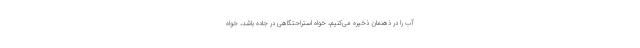
آب را در ذهنمان ذخیره می‌کنیم، خواه استراحتگاهی در جاده باشد، خواه